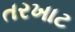
તરખાટ